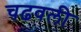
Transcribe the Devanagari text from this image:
चढवली